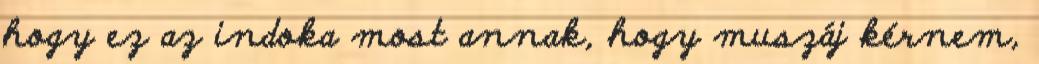
hogy ez az indoka most annak, hogy muszáj kérnem,